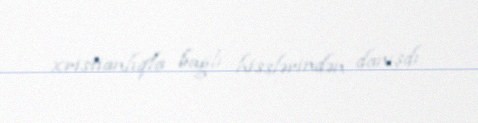
xristianlıqla bağlı hisslərindən danışdı.